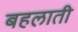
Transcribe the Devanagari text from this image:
बहलाती